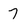
Character: 7